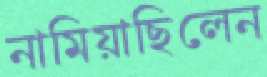
নামিয়াছিলেন